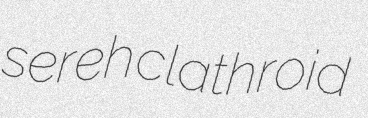
sereh clathroid